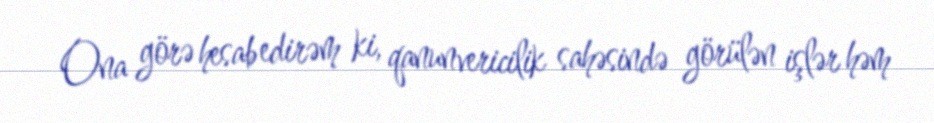
Ona görə hesab edirəm ki, qanunvericilik sahəsində görülən işlər həm